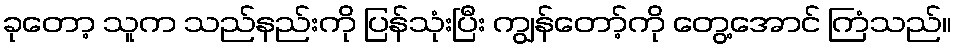
ခုတော့ သူက သည်နည်းကို ပြန်သုံးပြီး ကျွန်တော့်ကို တွေ့အောင် ကြံသည်။